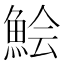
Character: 𩷆